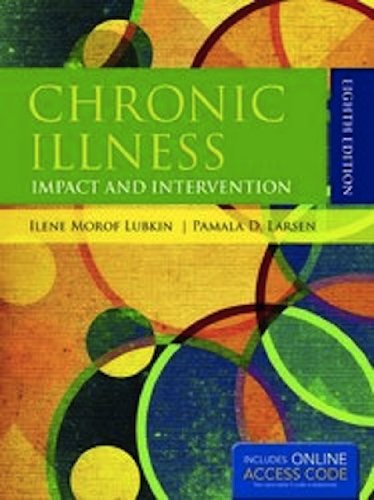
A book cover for Chronic Illness: Impact And Intervention (Lubkin, Chronic Illness); Ilene Morof Lubkin; Medical Books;